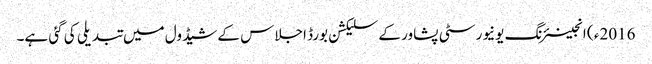
2016ء ) انجینئرنگ یونیورسٹی پشاور کے سلیکشن بورڈ اجلاس کے شیڈول میں تبدیلی کی گئی ہے۔